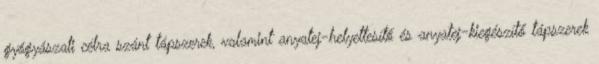
gyógyászati célra szánt tápszerek, valamint anyatej-helyettesítő és anyatej-kiegészítő tápszerek